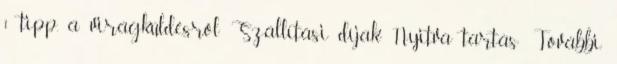
1 tipp, a virágküldésről Szállítási díjak Nyitva tartás: További